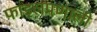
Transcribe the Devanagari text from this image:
फाइलप्रणाली